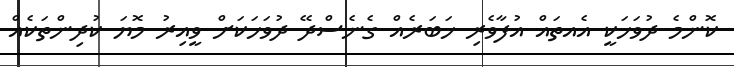
ކޮންމެ ދުވަހަކީ އެއތައް އުފާވެރި ޚަބަރެއް ގެނެސްދޭ ދުވަހަކަށް ވީއިރު މޮޔަ ކުދިންތަކެއް